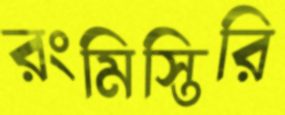
রংমিস্তিরি